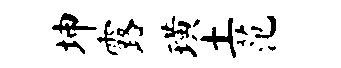
坤露璜土范